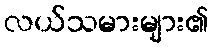
လယ်သမားများ၏